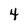
Character: 4